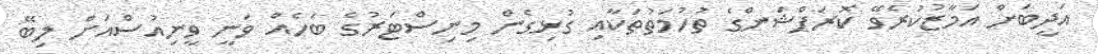
އަދީބަށް އަމާޒުކުރެވޭ ކޮރަޕްޝަންގެ ތުހުމަތުތަކާއި ގުޅިގެން މިނިސްޓަރުގެ ބަހެއް ވަނީ ވީނިއުސްއަށް ލިބޭ